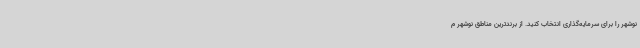
نوشهر را برای سرمایه‌گذاری انتخاب کنید. از برندترین مناطق نوشهر م